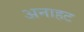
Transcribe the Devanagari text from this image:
अनाहट